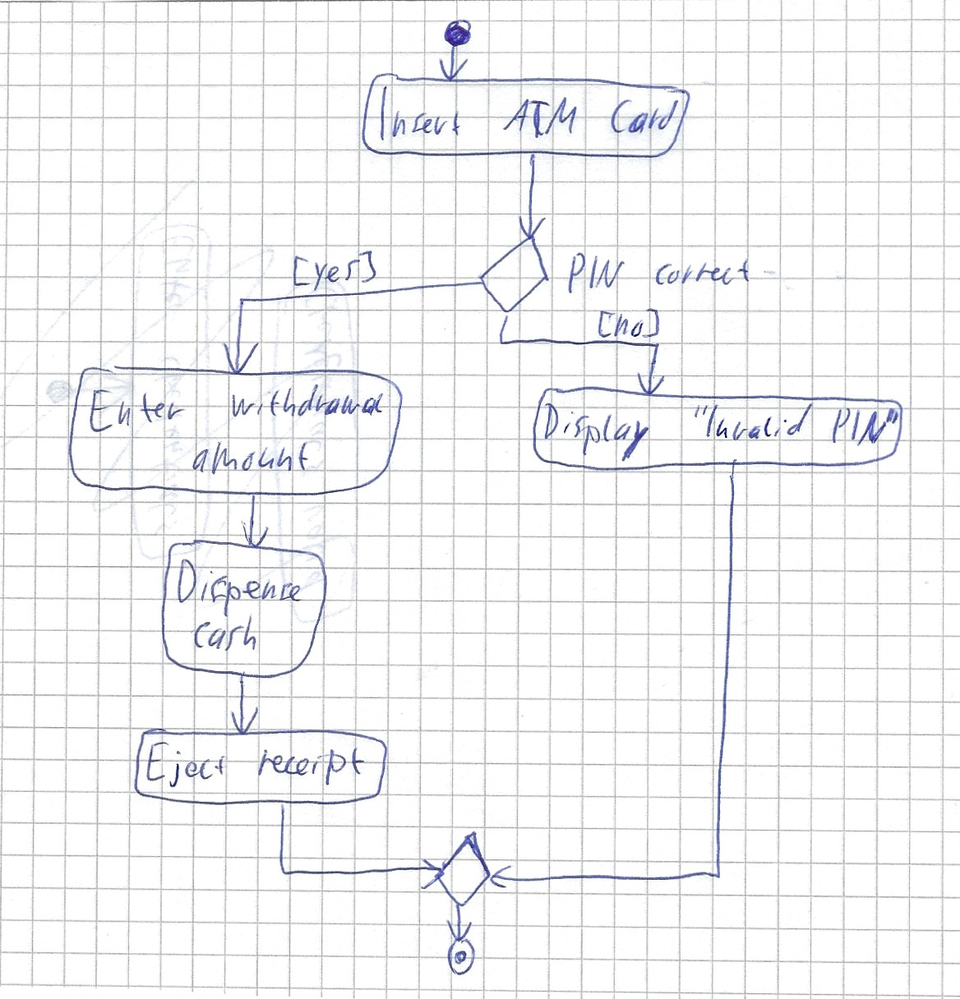
Diagram type: activity_diagram
```plantuml
@startuml

start

:Insert ATM Card;

if (PIN correct?) then (yes)
  :Enter withdrawal amount;
  :Dispense cash;
  :Eject receipt;
else (no)
  :Display "Invalid PIN";
endif

stop

@enduml
```